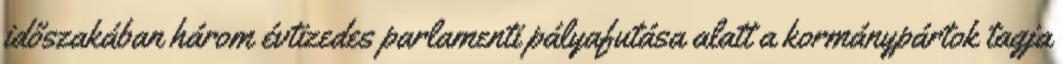
időszakában három évtizedes parlamenti pályafutása alatt a kormánypártok tagja